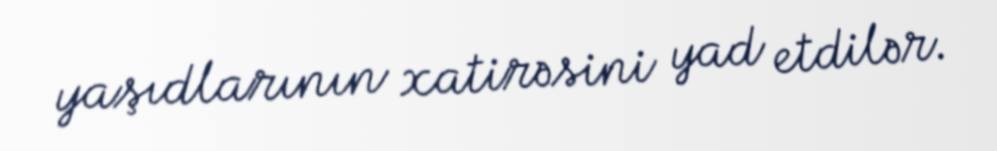
yaşıdlarının xatirəsini yad etdilər.